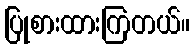
ပြုစားထားကြတယ်။